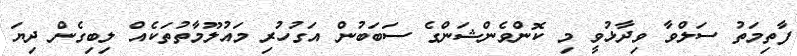
ފާތިމަތު ސަލްވާ ވިދާޅުވީ މި ކޮންވެންޝަންގެ ސަބަބުން އަގުހުރި މައުލޫމާތުތަކެއް ލިބިގެން ދިޔަ